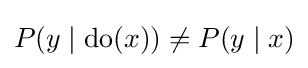
P(y\mid {\text{do}}(x))\neq P(y\mid x)